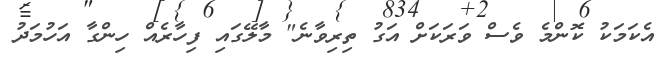
އެކަމަކު ކޮންމެ ވެސް ވަރަކަށް އަގު ތިރިވާނެ" މާލޭގައި ފިހާރެއް ހިންގާ އަހުމަދު